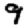
Digit: 9